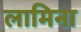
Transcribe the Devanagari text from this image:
लामिना